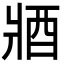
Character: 𨟻